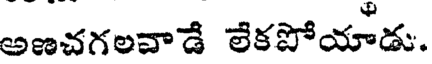
అణచగలవాడే లేకపోయాడు.